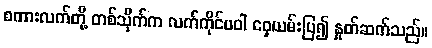
စကားလက်တို့ တစ်သိုက်က လက်ကိုင်ပဝါ ဝှေ့ယမ်းပြ၍ နှုတ်ဆက်သည်။